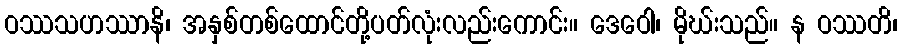
ဝဿသဟဿာနိ၊ အနှစ်တစ်ထောင်တို့ပတ်လုံးလည်းကောင်း။ ဒေဝေါ၊ မိုဃ်းသည်။ န ဝဿတိ၊